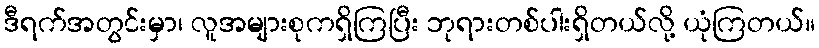
ဒီရက်အတွင်းမှာ၊ လူအများစုကရှိကြပြီး ဘုရားတစ်ပါးရှိတယ်လို့ ယုံကြတယ်။